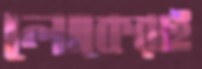
লোকেরাই